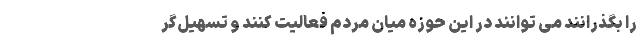
را بگذرانند می توانند در این حوزه میان مردم فعالیت کنند و تسهیل‌گر